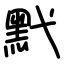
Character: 黓